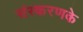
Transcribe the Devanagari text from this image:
संस्‍करणके